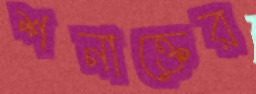
শনাক্তের